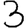
Digit: 3